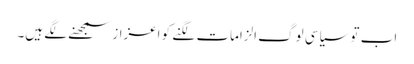
اب تو سیاسی لوگ الزامات لگنے کو اعزاز سمجھنے لگے ہیں۔